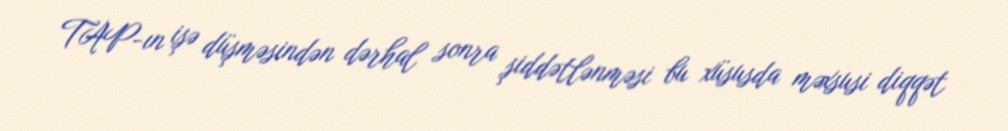
TAP-ın işə düşməsindən dərhal sonra şiddətlənməsi bu xüsusda məxsusi diqqət